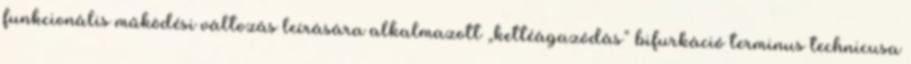
funkcionális működési változás leírására alkalmazott „kettéágazódás” bifurkáció terminus technicusa